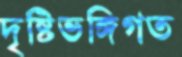
দৃষ্টিভঙ্গিগত